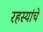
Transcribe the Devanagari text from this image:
रहस्यांचे